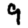
Digit: 9